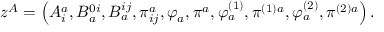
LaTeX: z ^ { A } = \left( A _ { i } ^ { a } , B _ { a } ^ { 0 i } , B _ { a } ^ { i j } , \pi _ { i j } ^ { a } , \varphi _ { a } , \pi ^ { a } , \varphi _ { a } ^ { \left( 1 \right) } , \pi ^ { ( 1 ) a } , \varphi _ { a } ^ { \left( 2 \right) } , \pi ^ { ( 2 ) a } \right) .